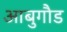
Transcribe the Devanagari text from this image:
आबुगौड